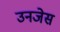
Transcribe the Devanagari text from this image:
उनजेस